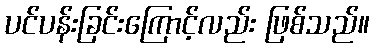
ပင်ပန်းခြင်းကြောင့်လည်း ဖြစ်သည်။